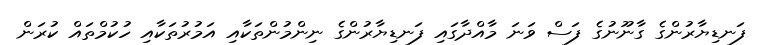
ފަނޑިޔާރުންގެ ގާނޫނުގެ ފަސް ވަނަ މާއްދާގައި ފަނޑިޔާރުންގެ ނިންމުންތަކާއި އަމުރުތަކާއި ހުކުމްތައް ކުރަން